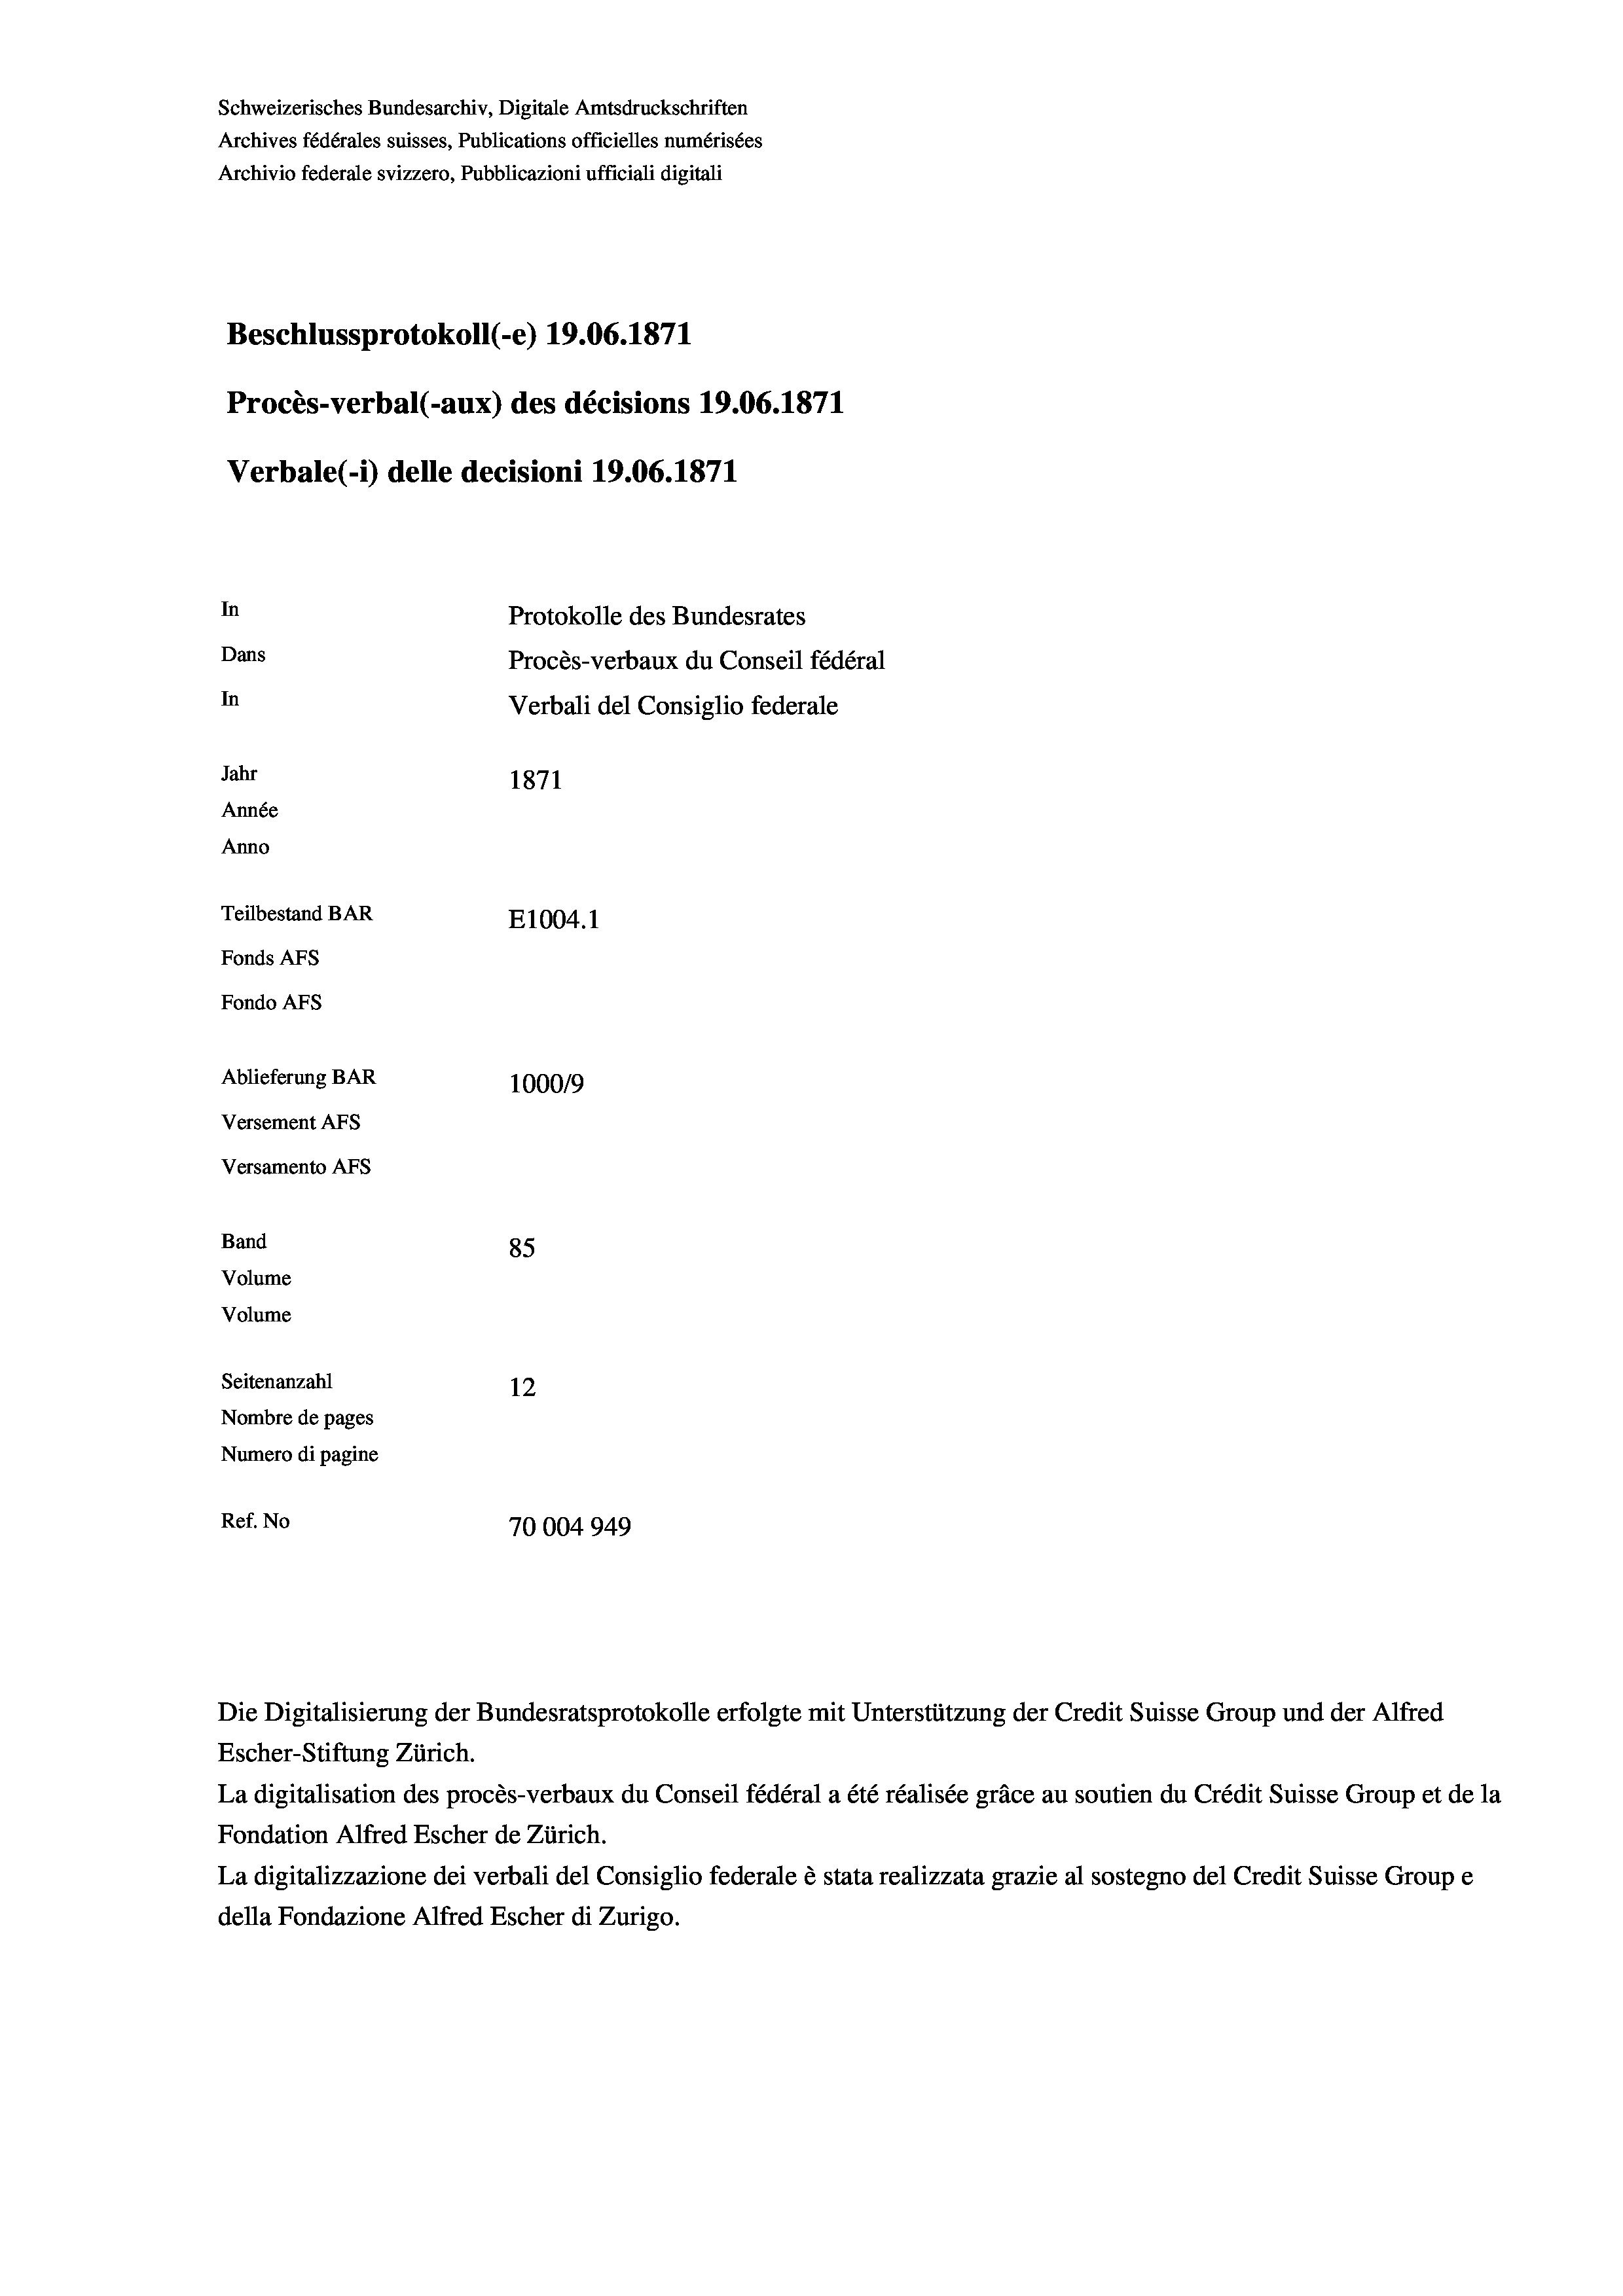
Schweizerisches Bundesarchiv, Digitale Amtsdruckschriften
Archives fédérales suisses, Publications officielles numérisées
Archivio federale svizzero, Pubblicazioni ufficiali digitali
Beschlussprotokoll (-e) 19.06. 1871
Procès-verbal (-aux) des décisions 19.06. 1871
Verbale (i) delle decisioni 19.06. 1871
In
Protokolle des Bundesrates
Dans
Procès-verbaux du Conseil fédéral
In
Verbali del Consiglio federale
Jahr
1871
Année
Anno
Teilbestand BAR
E1004.1
Fonds AFs
Fondo AFs
Ablieferung BAR
100019
Versement AFS
Versamento Afs
Band
85
Volume
Volume
Seitenanzahl
12
Nombre de pages
Numero di pagine

Ref. No
70004949

La digitalisation des procès-verbaux du Conseil fédéral a été réalisée gräce au soutien du Crédit Suisse Group et de la
Fondation Alfred Escher de Zürich.
La digitalizzazione dei verbali del Consiglio federale è stata realizzata grazie al sostegno del Credit Suisse Groupe
della Fondazione Alfred Escher di Zurigo.

Die Digitalisierung der Bundesratsprotokolle erfolgte mit Unterstützung der Credit Suisse Group und der Alfred
Escher-Stiftung Zürich.